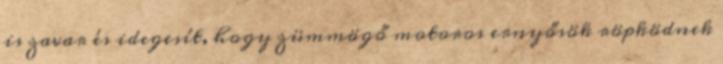
is zavar és idegesít, hogy zümmögő motoros ernyősök röpködnek